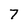
Character: 7